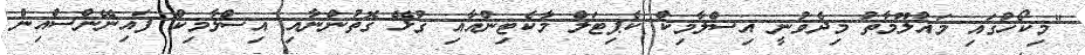
"މިކޯހުގައި މައުލޫމާތު މިދެވުނީ އިސްލާމިކް ކެޕިޓަލް މާކެޓިންއާއި ގުޅޭ ގޮތުންނާއި އިސްލާމިކް ފައިނޭންސްއިން